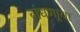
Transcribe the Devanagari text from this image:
बांधणार्‍या